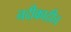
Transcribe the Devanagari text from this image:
नदीकाठीच